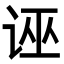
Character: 诬